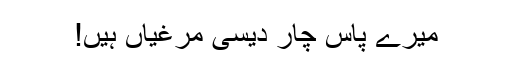
میرے پاس چار دیسی مرغیاں ہیں!